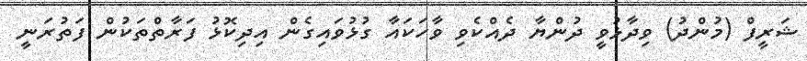
ޝަރީފް (މުންދު) ވިދާޅުވީ ދުންޔާ ދެއްކެވި ވާހަކައާ ގުޅުވައިގެން އިދިކޮޅު ފަރާތްތަކުން ފަތުރަނީ